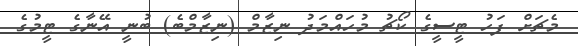
މެޗަށް ފަހު ޓީސީގެ ކޯޗު މުހައްމަދު ނިޒާމް (ނިޒާމްބެ) ބުނީ އޭނާގެ ޓީމުގެ